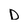
Character: D